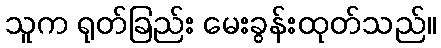
သူက ရုတ်ခြည်း မေးခွန်းထုတ်သည်။